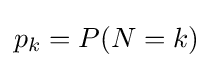
p_{k}=P(N=k)